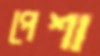
পেশা